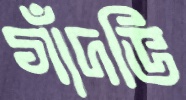
গাঁদভি